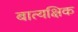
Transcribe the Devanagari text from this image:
बात्यक्षिक